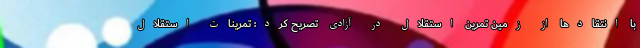
با انتقادها از زمین تمرین استقلال در آزادی تصریح کرد: تمرینات استقلال